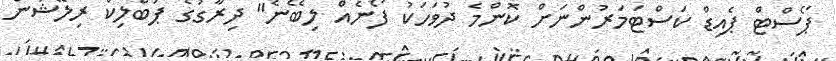
ޕޯސްޓް ޕެއިޑް ކަސްޓަމަރުންނަށް ކޮންމެ ދުވަހަކު ފޯނެއް ލިބޭނެ" ދިރާގުގެ ޕަބްލިކް ރިލޭޝަން